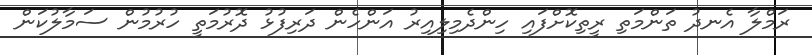
ރަމްލާ އެނދު ތަންމަތި ރީތިކޮށްފައި ހިންދެމިލިއިރު އަންހެން ދަރިފުޅު ދޮރުމަތީ ހުރުމުން ސަމާލުކަން